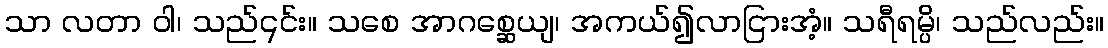
သာ လတာ ဝါ၊ သည်၎င်း။ သစေ အာဂစ္ဆေယျ၊ အကယ်၍လာငြားအံ့။ သရီရမ္ပိ၊ သည်လည်း။